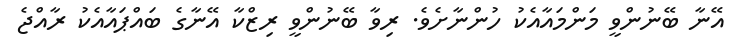
އޭނާ ބޭނުންވީ މަންމައާއެކު ހުންނާށެވެ. ރިވާ ބޭނުންވީ ރިޒްކާ އޭނާގެ ބައްޕައާއެކު ރާއްޖެ